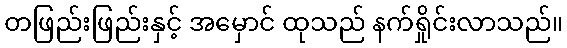
တဖြည်းဖြည်းနှင့် အမှောင် ထုသည် နက်ရှိုင်းလာသည်။